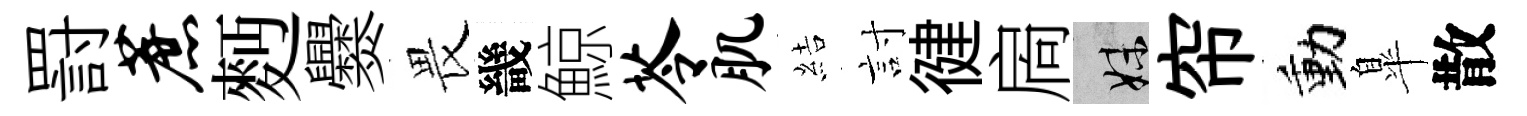
罸蔗麪爨畏畿鯨苓肌結討徤扄妹帘動臯散